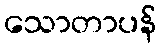
သောတာပန်